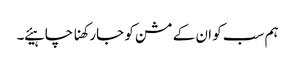
ہم سب کو ان کے مشن کو جارکھنا چاہیئے ۔